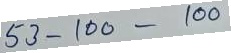
53 = 100 - 100